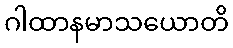
ဂါထာနမာသယောတိ